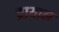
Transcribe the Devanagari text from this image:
ब्रायान